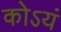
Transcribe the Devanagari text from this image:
कोऽयं